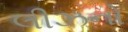
લીઝનો